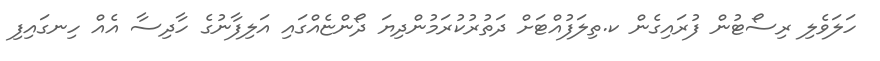
ހަލަވެލި ރިސޯޓުން ފުރައިގެން ކ.ތިލަފުއްޓަށް ދަތުރުކުރަމުންދިޔަ ދޯންޏެއްގައި އަލިފާނުގެ ހާދިސާ އެއް ހިނގައިފި